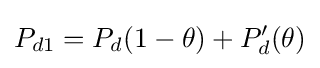
P_{d1}=P_{d}(1-\theta )+P_{d}'(\theta )